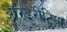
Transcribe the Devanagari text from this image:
औरइरीट्रिया